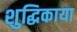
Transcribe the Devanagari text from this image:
शुद्धिकाया